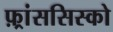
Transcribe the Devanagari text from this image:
फ़्रांससिस्को